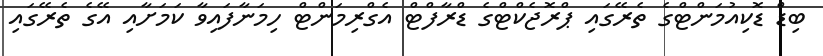
ބިޑް ޑޮކިއުމަންޓްގެ ތެރޭގައި ޕްރޮޖެކްޓްގެ ޑްރާފްޓް އެގްރިމަންޓް ހިމަނާފައިވާ ކަމަށާއި އޭގެ ތެރޭގައި